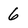
Character: 6